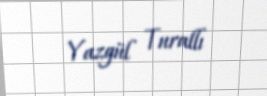
Yazgül Turallı